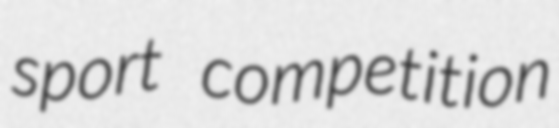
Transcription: sport competition